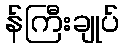
န်ကြီးချုပ်